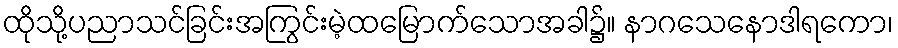
ထိုသို့ပညာသင်ခြင်းအကြွင်းမဲ့ထမြောက်သောအခါ၌။ နာဂသေနောဒါရကော၊